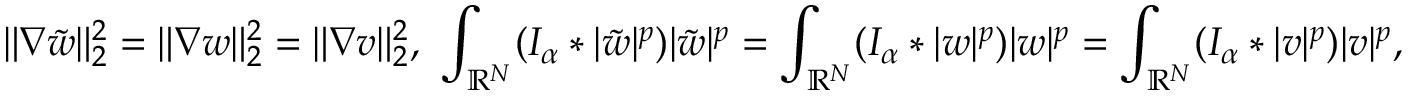
\ \| \nabla \tilde { w } \| _ { 2 } ^ { 2 } = \| \nabla w \| _ { 2 } ^ { 2 } = \| \nabla v \| _ { 2 } ^ { 2 } , \ \int _ { \mathbb R ^ { N } } ( I _ { \alpha } \ast | \tilde { w } | ^ { p } ) | \tilde { w } | ^ { p } = \int _ { \mathbb R ^ { N } } ( I _ { \alpha } \ast | w | ^ { p } ) | w | ^ { p } = \int _ { \mathbb R ^ { N } } ( I _ { \alpha } \ast | v | ^ { p } ) | v | ^ { p } ,